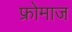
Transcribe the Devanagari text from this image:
फ्रोमाज